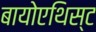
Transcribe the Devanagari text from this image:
बायोएथिस्ट